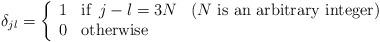
LaTeX: \begin{align*}\delta_{jl} = \left \{\begin{array}{llll}1 & \textrm{if} \,\,\, j-l= 3N & (N \textrm{ is an arbitrary integer}) \\0 & \textrm{otherwise} &\end{array}\right.\end{align*}